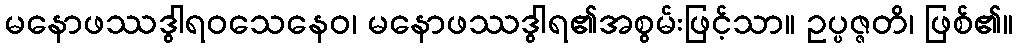
မနောဖဿဒွါရဝသေနေဝ၊ မနောဖဿဒွါရ၏အစွမ်းဖြင့်သာ။ ဥပ္ပဇ္ဇတိ၊ ဖြစ်၏။